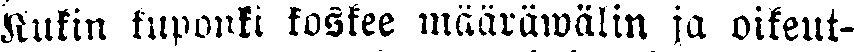
Kukin kuponki koskee määräwälin ja oikeut-